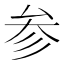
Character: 参